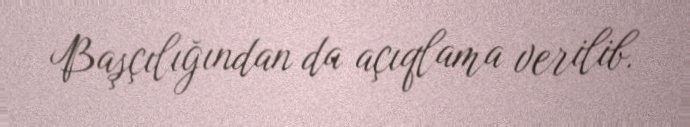
Başçılığından da açıqlama verilib.